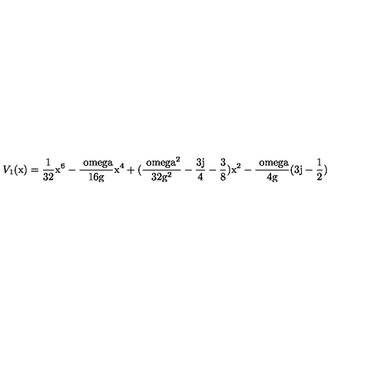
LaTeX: V _ { 1 } ( \mathrm { x ) = \frac { 1 } { 3 2 } \mathrm { x ^ { 6 } - \frac { \ o m e g a } { 1 6 \mathrm { g } } \mathrm { x ^ { 4 } + ( \frac { \ o m e g a ^ { 2 } } { 3 2 \mathrm { g ^ { 2 } } } - \frac { 3 j } { 4 } - \frac { 3 } { 8 } ) \mathrm { x ^ { 2 } - \frac { \ o m e g a } { 4 \mathrm { g } } ( 3 j - \frac { 1 } { 2 } ) } } } }